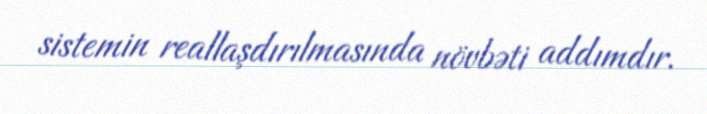
sistemin reallaşdırılmasında növbəti addımdır.